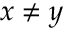
x \neq y